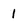
Character: 1